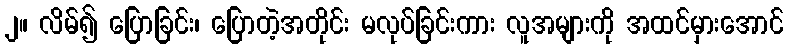
၂။ လိမ်၍ ပြောခြင်း၊ ပြောတဲ့အတိုင်း မလုပ်ခြင်းကား လူအများကို အထင်မှားအောင်